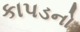
કાપડનો